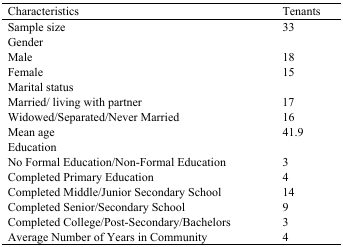
| Characteristics | Tenants |
 | --- | --- |
 | Sample size | 33 |
 | Gender |  |
 | Male | 18 |
 | Female | 15 |
 | Marital status |  |
 | Married/ living with partner | 17 |
 | Widowed/Separated/Never Married | 16 |
 | Mean age | 41.9 |
 | Education |  |
 | No Formal Education/Non-Formal Education | 3 |
 | Completed Primary Education | 4 |
 | Completed Middle/Junior Secondary School | 14 |
 | Completed Senior/Secondary School | 9 |
 | Completed College/Post-Secondary/Bachelors | 3 |
 | Average Number of Years in Community | 4 |